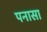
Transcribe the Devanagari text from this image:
पनासा